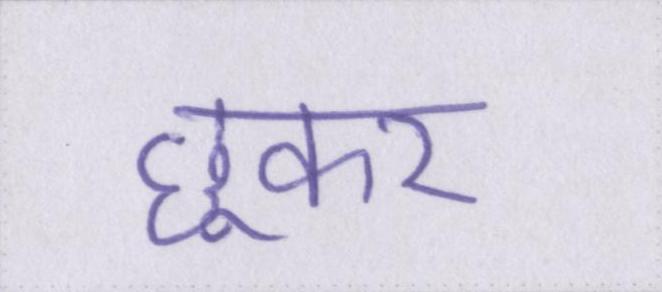
छूकर